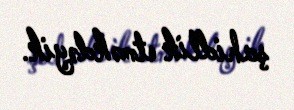
şahidlik etməkdəyik.